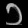
Digit: ၁